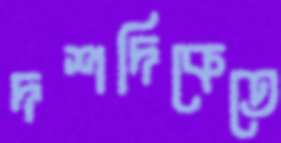
দশদিকেতে